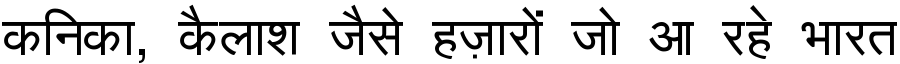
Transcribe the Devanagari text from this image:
कनिका, कैलाश जैसे हज़ारों जो आ रहे भारत